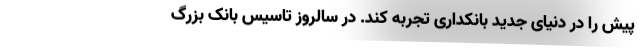
پیش را در دنیای جدید بانکداری تجربه کند. در سالروز تاسیس بانک بزرگ